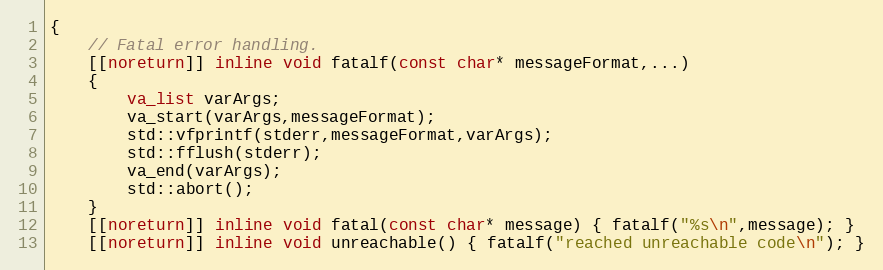
Language: C
{
	// Fatal error handling.
	[[noreturn]] inline void fatalf(const char* messageFormat,...)
	{
		va_list varArgs;
		va_start(varArgs,messageFormat);
		std::vfprintf(stderr,messageFormat,varArgs);
		std::fflush(stderr);
		va_end(varArgs);
		std::abort();
	}
	[[noreturn]] inline void fatal(const char* message) { fatalf("%s\n",message); }
	[[noreturn]] inline void unreachable() { fatalf("reached unreachable code\n"); }